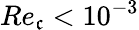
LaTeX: Re_{\mathfrak{c}}<10^{-3}